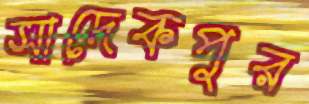
সাদেকপুর